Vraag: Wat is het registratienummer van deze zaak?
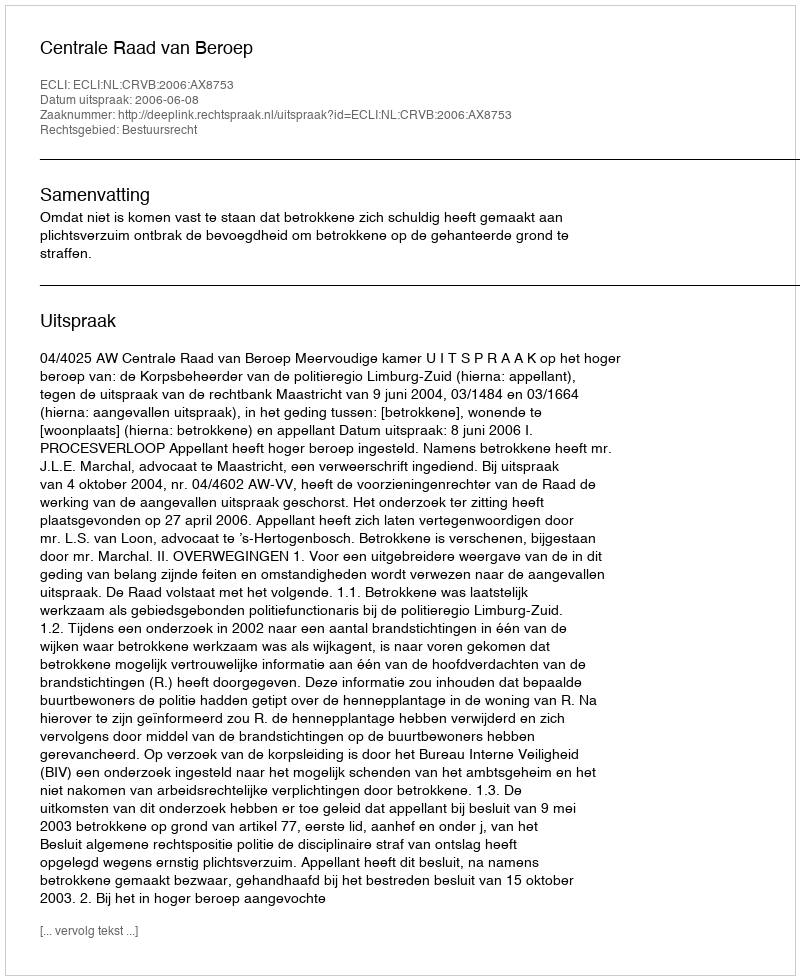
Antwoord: http://deeplink.rechtspraak.nl/uitspraak?id=ECLI:NL:CRVB:2006:AX8753